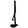
Digit: 1